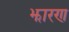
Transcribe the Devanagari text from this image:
झारण